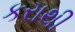
કરાથી